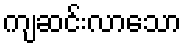
ကျဆင်းလာသော